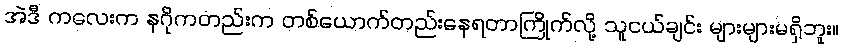
အဲဒီ ကလေးက နဂိုကတည်းက တစ်ယောက်တည်းနေရတာကြိုက်လို့ သူငယ်ချင်း များများမရှိဘူး။